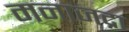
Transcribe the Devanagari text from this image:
मनाजद्रा